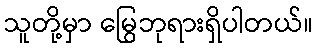
သူတို့မှာ မြွေဘုရားရှိပါတယ်။